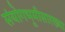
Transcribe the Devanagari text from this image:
संयोगभूमीसारख्या